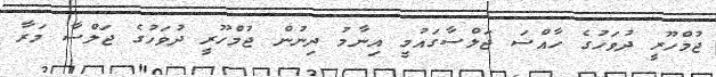
ޖުމްހޫރީ ދުވަހުގެ ހާއްސަ ޖަލްސާގައުމީ އިނާމު ދިނުން ޖުމްހޫރީ ދުވަހުގެ ޖަލްސާ މަރާ